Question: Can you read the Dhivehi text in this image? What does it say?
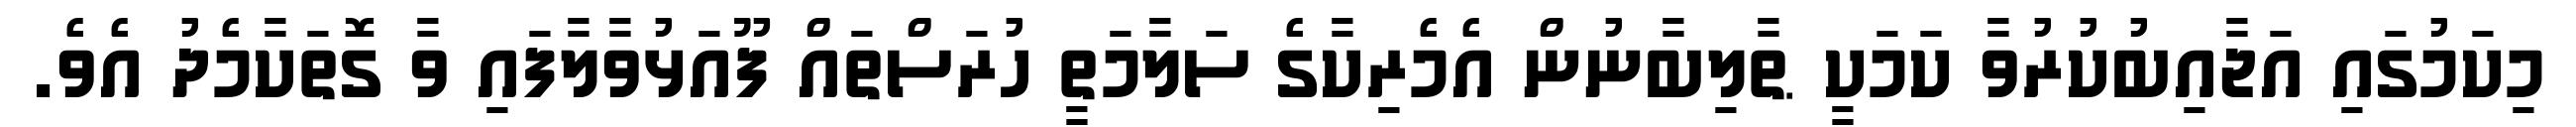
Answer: މިކަމުގައި އަޖާއިބުކުރުވާ ކަމަކީ ޠާލިބާނުން އެމެރިކާގެ ސަލާމަތީ ހުރަސްތައް ފޫއަޅުވާލާފައި ވާ ގޮތަކާމެދު އެވެ.